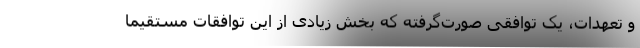
و تعهدات، یک توافقی صورت‌گرفته که بخش زیادی از این توافقات مستقیماً